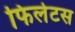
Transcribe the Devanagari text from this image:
फिलेटस